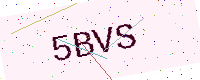
Text: 5BVS